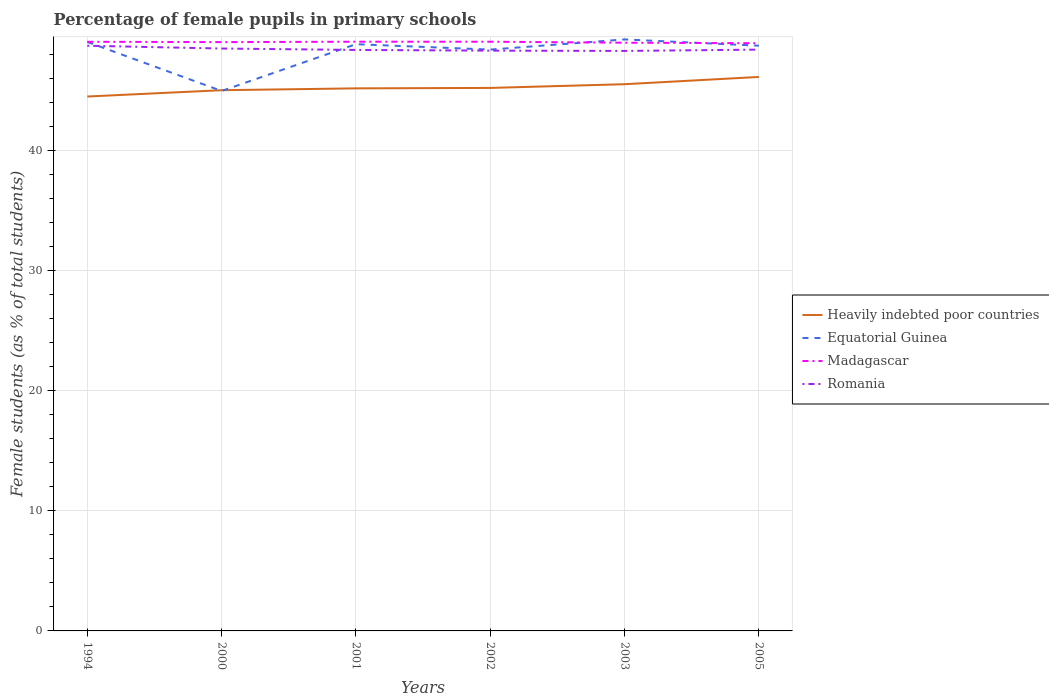
| Years | Heavily indebted poor countries | Equatorial Guinea | Madagascar | Romania |
 | --- | --- | --- | --- | --- |
 | 1994 | 44.5 | 49 | 49 | 48.7 |
 | 2000 | 45 | 44.9 | 49 | 48.5 |
 | 2001 | 45.1 | 48.8 | 49 | 48.3 |
 | 2002 | 45.2 | 48.4 | 49 | 48.3 |
 | 2003 | 45.5 | 49.2 | 48.9 | 48.3 |
 | 2005 | 46.1 | 48.7 | 48.9 | 48.4 |